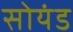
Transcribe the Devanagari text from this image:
सोयंड